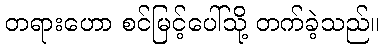
တရားဟော စင်မြင့်ပေါ်သို့ တက်ခဲ့သည်။